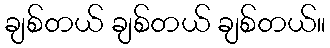
ချစ်တယ် ချစ်တယ် ချစ်တယ်။